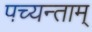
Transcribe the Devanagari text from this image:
पच्यन्ताम्‌